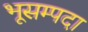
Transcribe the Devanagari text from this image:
भूसम्पदा